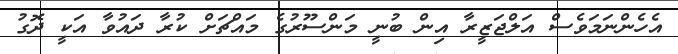
އެހެންނަމަވެސް އަލްޖަޒީރާ އިން ބުނީ މަންސޫރުގެ މައްޗަށް ކުރާ ދައުވާ އަކީ ދޮގު